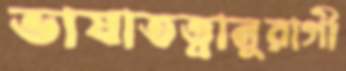
ভাষাতত্ত্বানুরাগী